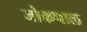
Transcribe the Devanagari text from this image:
जोकपाल